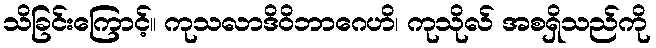
သိခြင်းကြောင့်။ ကုသလာဒိဝိဘာဂေဟိ၊ ကုသိုလ် အစရှိသည်ကို